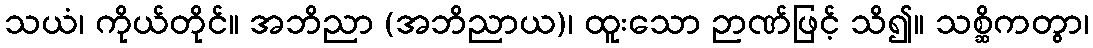
သယံ၊ ကိုယ်တိုင်။ အဘိညာ (အဘိညာယ)၊ ထူးသော ဉာဏ်ဖြင့် သိ၍။ သစ္ဆိကတွာ၊